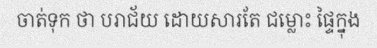
ចាត់ទុក ថា បរាជ័យ ដោយសារតែ ជម្លោះ ផ្ទៃក្នុង